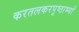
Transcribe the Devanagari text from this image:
करतलकरपृष्ठाभ्याँ